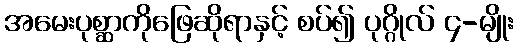
အမေးပုစ္ဆာကိုဖြေဆိုရာနှင့် စပ်၍ ပုဂ္ဂိုလ် ၄-မျိုး